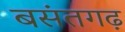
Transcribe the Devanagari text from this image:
बसंतगढ़